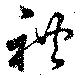
礼